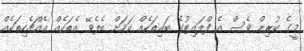
މީގެ ކުރިން ވެސް އެ ފްލައިޓުގެ ބައިތަކެއް ކަމަށް ބެލެވޭ އެތަކެއް އެއްޗެހިތަކެއް